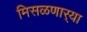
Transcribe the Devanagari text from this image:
मिसळणार्‍या